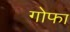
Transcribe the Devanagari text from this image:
गोफा